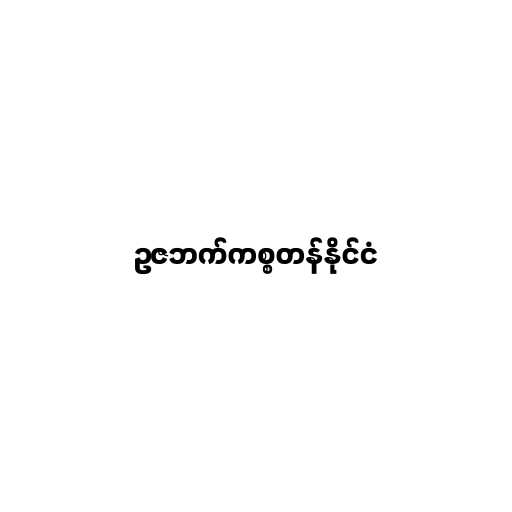
ဥဇဘက်ကစ္စတန်နိုင်ငံ